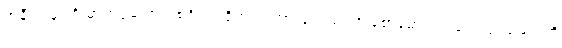
အနီးအနားရှိ ဓာတ်ပုံဆရာတစ်ဦးက ရိုက်ကူးထားခဲ့သည်။ ဦးစောမောင်က သေဆုံးသူများကို